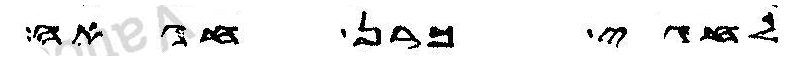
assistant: לחגי כרן חגאה